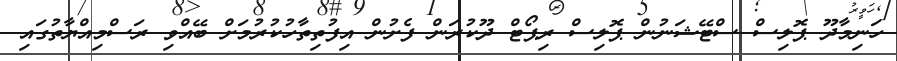
ހަނިމާދޫ ޕޮލިސް ސްޓޭޝަނުން ޕޮލިސް ރިޕޯޓް ދޫކުރަން ފެށުން އިފުތިތާހުކުރުމަށް ބޭއްވި ރަސްމިއްޔާތުގައި